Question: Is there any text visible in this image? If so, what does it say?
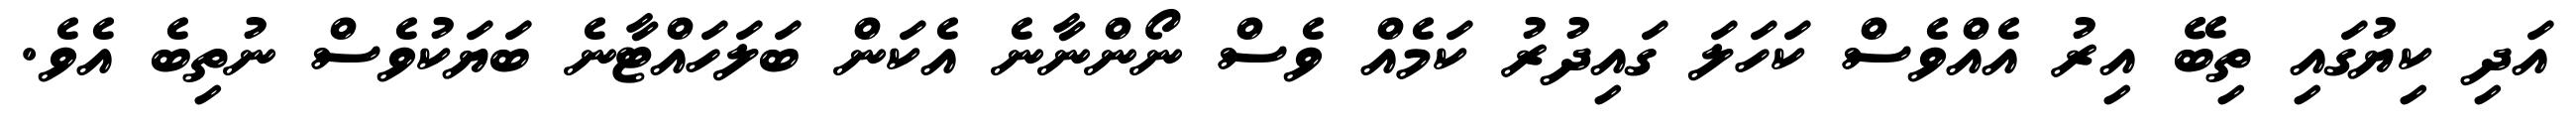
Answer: އަދި ކިޔުގައި ތިބޭ އިރު އެއްވެސް ކަހަލަ ގައިދުރު ކަމެއް ވެސް ނޯންނާނެ އެކަން ބަލަހައްޓާނެ ބަޔަކުވެސް ނުތިބެ އެވެ.